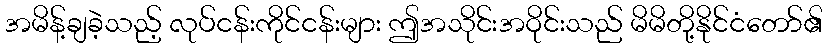
အမိန့်ချခဲ့သည့် လုပ်ငန်းကိုင်ငန်းများ ဤအသိုင်းအဝိုင်းသည် မိမိတို့နိုင်ငံတော်၏